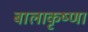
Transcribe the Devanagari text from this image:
बालाकृष्णा